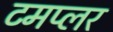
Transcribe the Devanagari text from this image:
टमप्लर